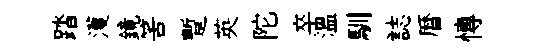
踏濩鏡筈蹔英陀卒温馴誌暦慱